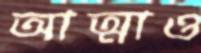
আত্মাও